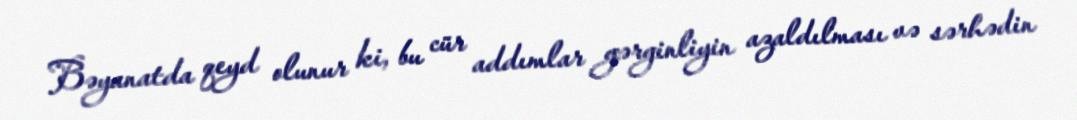
Bəyanatda qeyd olunur ki, bu cür addımlar gərginliyin azaldılması və sərhədin